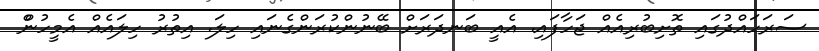
ސަރަހައްދުގައި ތޮށިބުރިއެއް ޖަހާފައި. އެއީ ބަނދަރަށް ބޭނުންކުރަންގެނައި ހިލަ. އިތުރު ހިލައެއް އެމީހުންް